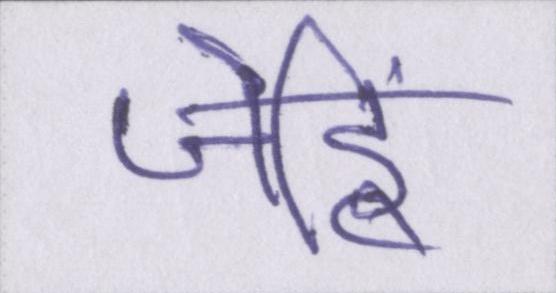
जेहिं